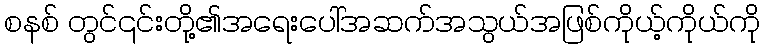
စနစ် တွင်၎င်းတို့၏အရေးပေါ်အဆက်အသွယ်အဖြစ်ကိုယ့်ကိုယ်ကို